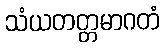
သံယတတ္တမာဂတံ